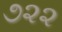
૭૨૨